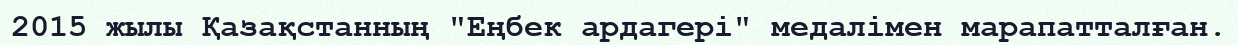
2015 жылы Қазақстанның "Еңбек ардагері" медалімен марапатталған.